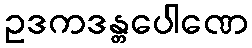
ဥဒကဒန္တပေါဏေ